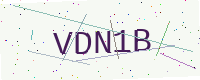
Text: VDN1B